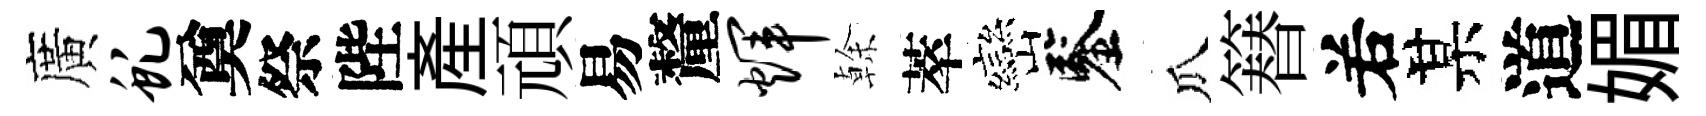
廣虬奠祭陛産頑易釐辉𠏉萃巒鑒瓜簮𠰥某道媚